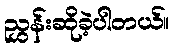
ညွှန်းဆိုခဲ့ပါတယ်။